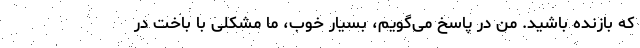
که بازنده باشید. من در پاسخ می‌گویم، بسیار خوب، ما مشکلی با باخت در